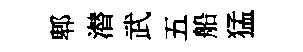
郫潜武五船猛